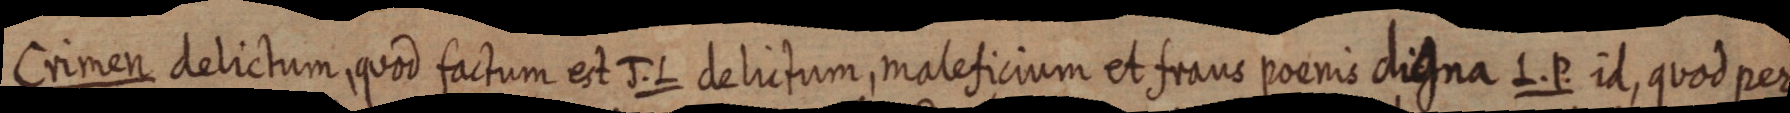
Crimen delictum, quod factum est J. L delictum, maleficium et frans poenis digna L. P. id, quod per